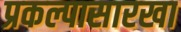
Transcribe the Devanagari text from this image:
प्रकल्पासारखा